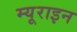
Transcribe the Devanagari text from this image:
म्यूराइन